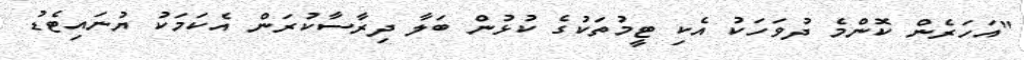
"އަހަރެން ކޮންމެ ދުވަހަކު އެކި ޓީމުތަކުގެ ކުޅުން ބަލާ ދިރާސާކުރަން އެކަމަކު ޔުނައިޓެޑު